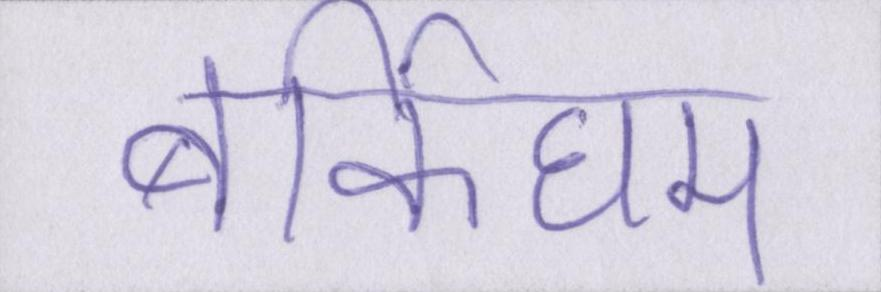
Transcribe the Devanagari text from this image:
बर्किघम